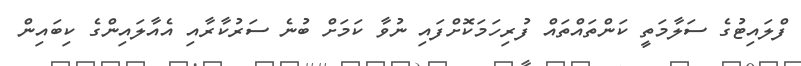
ފްލައިޓުގެ ސަލާމަތީ ކަންތައްތައް ފުރިހަމަކޮށްފައި ނުވާ ކަމަށް ބުނެ ސަރުކާރާއި އެއާލައިންގެ ކިބައިން